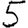
Digit: 5